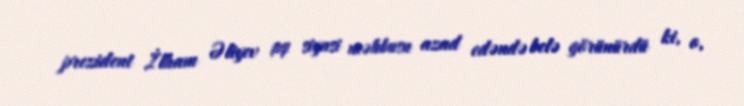
prezident İlham Əliyev 14 siyasi məhbusu azad edəndə belə görünürdü ki, o,